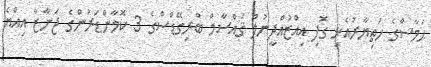
ޙަމާސްގެ ހަތިޔާރުއެޅި ގޮފި ޢިއްޒުއްދީނުލް ޤައްސާމް ބްރިގޭޑްސްގެ 3 ކޮމާންޑަރުންގެ ޖަނާޒާ އިއްޔެ